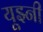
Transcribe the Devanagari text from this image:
यूझ्नी